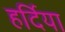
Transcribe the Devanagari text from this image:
हर्दिया